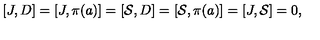
[ J , D ] = [ J , \pi ( a ) ] = [ \mathcal { S } , D ] = [ \mathcal { S } , \pi ( a ) ] = [ J , \mathcal { S } ] = 0 ,